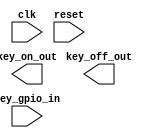
`timescale 1ns / 1ps
//////////////////////////////////////////////////////////////////////////////////
// Company: 
// Engineer: 
// 
// Design Name: 
// Module Name: OneKey
// Project Name: 
// Target Devices: 
// Tool Versions: 
// Description: 
// 
// Dependencies: 
// 
// Revision:
// Revision 0.01 - File Created
// Additional Comments:
// 
//////////////////////////////////////////////////////////////////////////////////


module OneKey(
input clk,
input reset,
output reg key_on_out,
output reg key_off_out,
input key_gpio_in
    );
    wire pos_edge, neg_edge;
    
//    localparam    IDLE = 4'b0001,
//               negEdge = 4'b0010,
//                  Down = 4'b0100,
//               posEdge = 4'b1000
 
endmodule